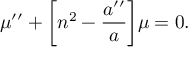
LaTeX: \mu ^ { \prime \prime } + \biggl [ n ^ { 2 } - \frac { a ^ { \prime \prime } } { a } \biggr ] \mu = 0 .